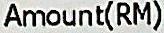
AMOUNT(RM)